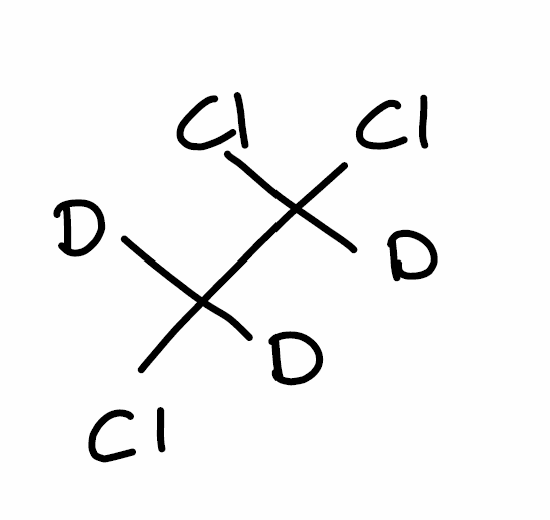
Simplified molecular-input line-entry system (SMILES) notation of the given molecule:
[2H]C([2H])(C([2H])(Cl)Cl)Cl